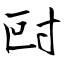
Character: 尀